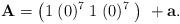
LaTeX: \begin{align*}{\bf A} = \left( 1\; (0)^7\; 1\; (0)^7\; \right)\ +{\bf a} .\end{align*}